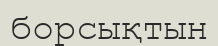
борсықтын